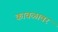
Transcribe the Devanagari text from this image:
कावळावर